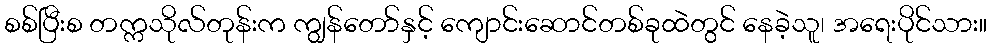
စစ်ပြီးစ တက္ကသိုလ်တုန်းက ကျွန်တော်နှင့် ကျောင်းဆောင်တစ်ခုထဲတွင် နေခဲ့သူ၊ အရေးပိုင်သား။